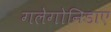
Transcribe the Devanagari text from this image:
गलेगोनिडाए